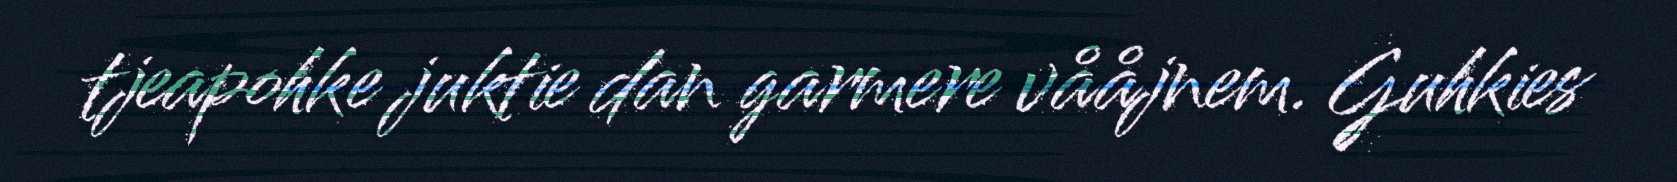
tjeapohke juktie dan garmere vååjnem. Guhkies